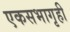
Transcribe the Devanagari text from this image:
एकसभागृही